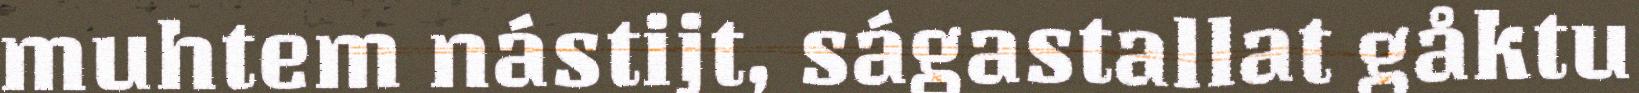
muhtem nástijt, ságastallat gåktu